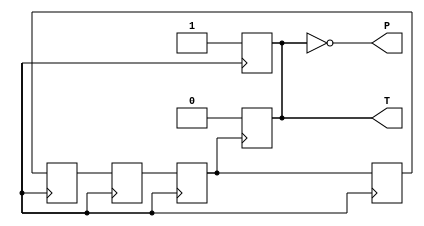
module Clock(
  output reg P, T
);

parameter HALF_PERIOD = 5;

reg clk;
reg a, b, c, d;


initial begin
  clk = 1;
  T = 1;
  {a, b, c, d} = 4'b1000;
end

always @ (T) P = ~T;
always #HALF_PERIOD clk = ~clk;
always @ (negedge clk) begin
  a <= b;
  b <= c;
  c <= d;
  d <= a;
end
always @ (posedge clk) T <= 1;
always @ (posedge a) T <= 0;

endmodule